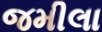
જમીલા